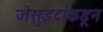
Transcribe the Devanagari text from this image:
जेसुइटांकडून